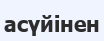
асүйінен